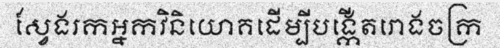
ស្វែងរកអ្នកវិនិយោគដើម្បីបង្កើតរោងចក្រ